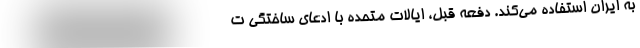
به ایران استفاده می‌کند. دفعه قبل، ایالات متحده با ادعای ساختگی ت